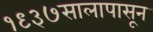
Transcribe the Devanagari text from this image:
१९३७सालापासून